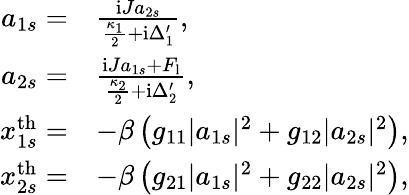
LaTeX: \begin{array}{rl}{a_{1s}=}&{\frac{\mathrm{i}Ja_{2s}}{\frac{\kappa_{1}}{2}+\mathrm{i}\Delta_{1}^{\prime}},}\\ {a_{2s}=}&{\frac{\mathrm{i}Ja_{1s}+F_{\mathrm{l}}}{\frac{\kappa_{2}}{2}+\mathrm{i}\Delta_{2}^{\prime}},}\\ {x_{1s}^{\mathrm{th}}=}&{-\beta\left(g_{11}|a_{1s}|^{2}+g_{12}|a_{2s}|^{2}\right),}\\ {x_{2s}^{\mathrm{th}}=}&{-\beta\left(g_{21}|a_{1s}|^{2}+g_{22}|a_{2s}|^{2}\right),}\end{array}